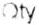
QTY